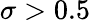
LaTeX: \sigma>0.5